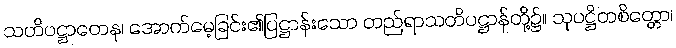
သတိပဋ္ဌာတေန၊ အောက်မေ့ခြင်း၏ပြဋ္ဌာန်းသော တည်ရာသတိပဋ္ဌာန်တို့၌။ သုပဋ္ဌိတစိတ္တော၊